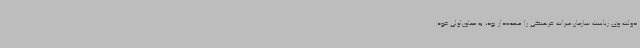
دولت وی ریاست سازمان میراث فرهنگی را عهده‌دار بود، به معاون‌اولی خود